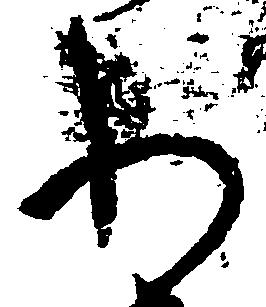
わ